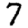
Digit: 7